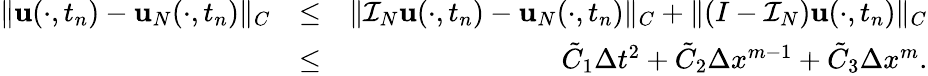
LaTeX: \begin{array}{rlr}{\| {\mathbf u}(\cdot,t_{n})-{\mathbf u}_{N}(\cdot,t_{n})\| _{C}}&{\leq}&{\| {\cal I}_{N}{\mathbf u}(\cdot,t_{n})-{\mathbf u}_{N}(\cdot,t_{n})\| _{C}+\| (I-{\cal I}_{N}){\mathbf u}(\cdot,t_{n})\| _{C}}\\ &{\leq}&{\tilde{C}_{1}\Delta t^{2}+\tilde{C}_{2}\Delta x^{m-1}+\tilde{C}_{3}\Delta x^{m}.}\end{array}